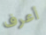
أعرف